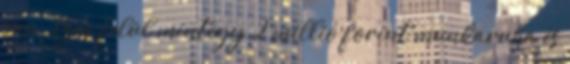
van. Ezen felül mintegy 2 millió forint munkaruha és